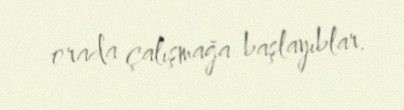
orada çalışmağa başlayıblar.